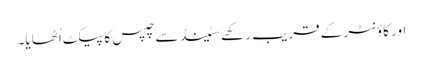
اور کاؤنٹر کے قریب رکھے سٹینڈ سے چپس کا پیکٹ اُٹھایا۔